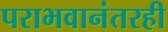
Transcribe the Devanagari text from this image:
पराभवानंतरही